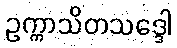
ဥက္ကာသိတသဒ္ဒေါ